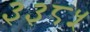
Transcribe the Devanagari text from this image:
३३८५